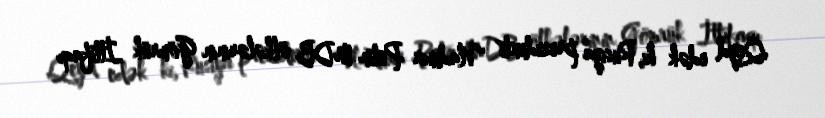
Qeyd edək ki, Rusiya prezidenti Vladimir Putin MDB ölkələrinin Gömrük İttifaqı